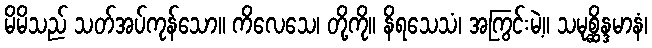
မိမိသည် သတ်အပ်ကုန်သော။ ကိလေသေ၊ တို့ကို။ နိရသေသံ၊ အကြွင်းမဲ့။ သမုစ္ဆိန္ဒမာနံ၊